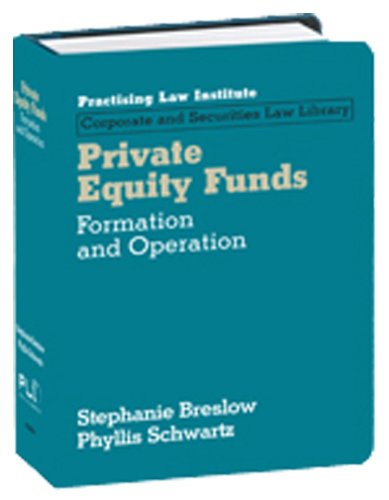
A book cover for Private Equity Funds: Formation and Operation; Stephanie R. Breslow; Law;